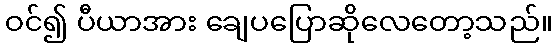
ဝင်၍ ပီယာအား ချေပပြောဆိုလေတော့သည်။